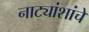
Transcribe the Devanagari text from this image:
नाट्यांशांचे